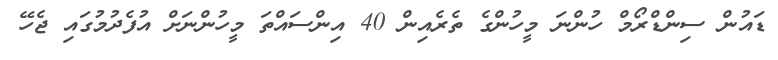
ޑައުން ސިންޑްރޯމް ހުންނަ މީހުންގެ ތެރެއިން 40 އިންސައްތަ މީހުންނަށް އުފެދުމުގައި ޖެހޭ